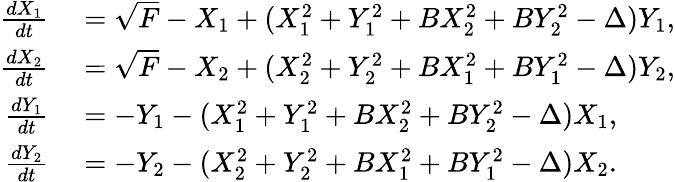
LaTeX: \begin{array}{rl}{\frac{dX_{1}}{dt}}&{{}=\sqrt{F}-X_{1}+(X_{1}^{2}+Y_{1}^{2}+BX_{2}^{2}+BY_{2}^{2}-\Delta)Y_{1},}\\ {\frac{dX_{2}}{dt}}&{{}=\sqrt{F}-X_{2}+(X_{2}^{2}+Y_{2}^{2}+BX_{1}^{2}+BY_{1}^{2}-\Delta)Y_{2},}\\ {\frac{dY_{1}}{dt}}&{{}=-Y_{1}-(X_{1}^{2}+Y_{1}^{2}+BX_{2}^{2}+BY_{2}^{2}-\Delta)X_{1},}\\ {\frac{dY_{2}}{dt}}&{{}=-Y_{2}-(X_{2}^{2}+Y_{2}^{2}+BX_{1}^{2}+BY_{1}^{2}-\Delta)X_{2}.}\end{array}